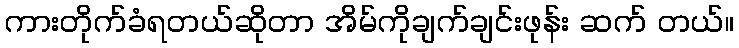
ကားတိုက်ခံရတယ်ဆိုတာ အိမ်ကိုချက်ချင်းဖုန်း ဆက် တယ်။